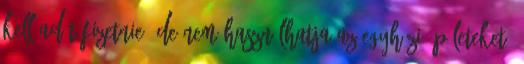
kell adót fizetnie, de nem használhatja az egyházi épületeket,